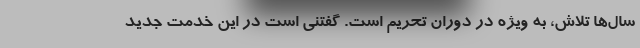
سال‌ها تلاش، به ویژه در دوران تحریم است. گفتنی است در این خدمت جدید